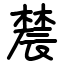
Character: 辳